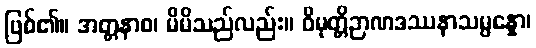
ဖြစ်၏။ အတ္တနာစ၊ မိမိသည်လည်း။ ဝိမုတ္တိဉာဏဒဿနာသမ္ပန္နော၊